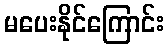
မပေးနိုင်ကြောင်း